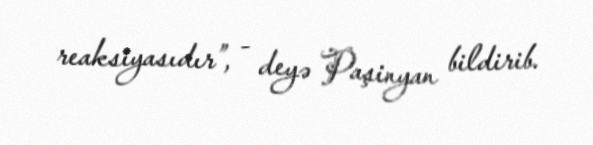
reaksiyasıdır”, - deyə Paşinyan bildirib.